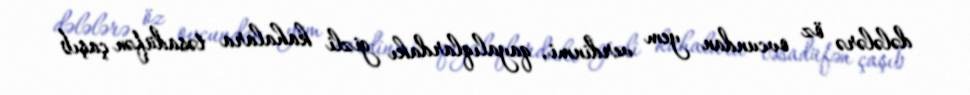
dələlərə öz ovcundan yem verdinmi, qayalıqlardakı gizli kahalara təsadüfən çaşıb